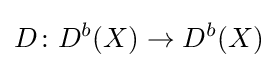
D\colon D^{b}(X)\to D^{b}(X)